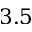
3 . 5